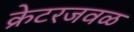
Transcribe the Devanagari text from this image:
क्रेटरजवळ